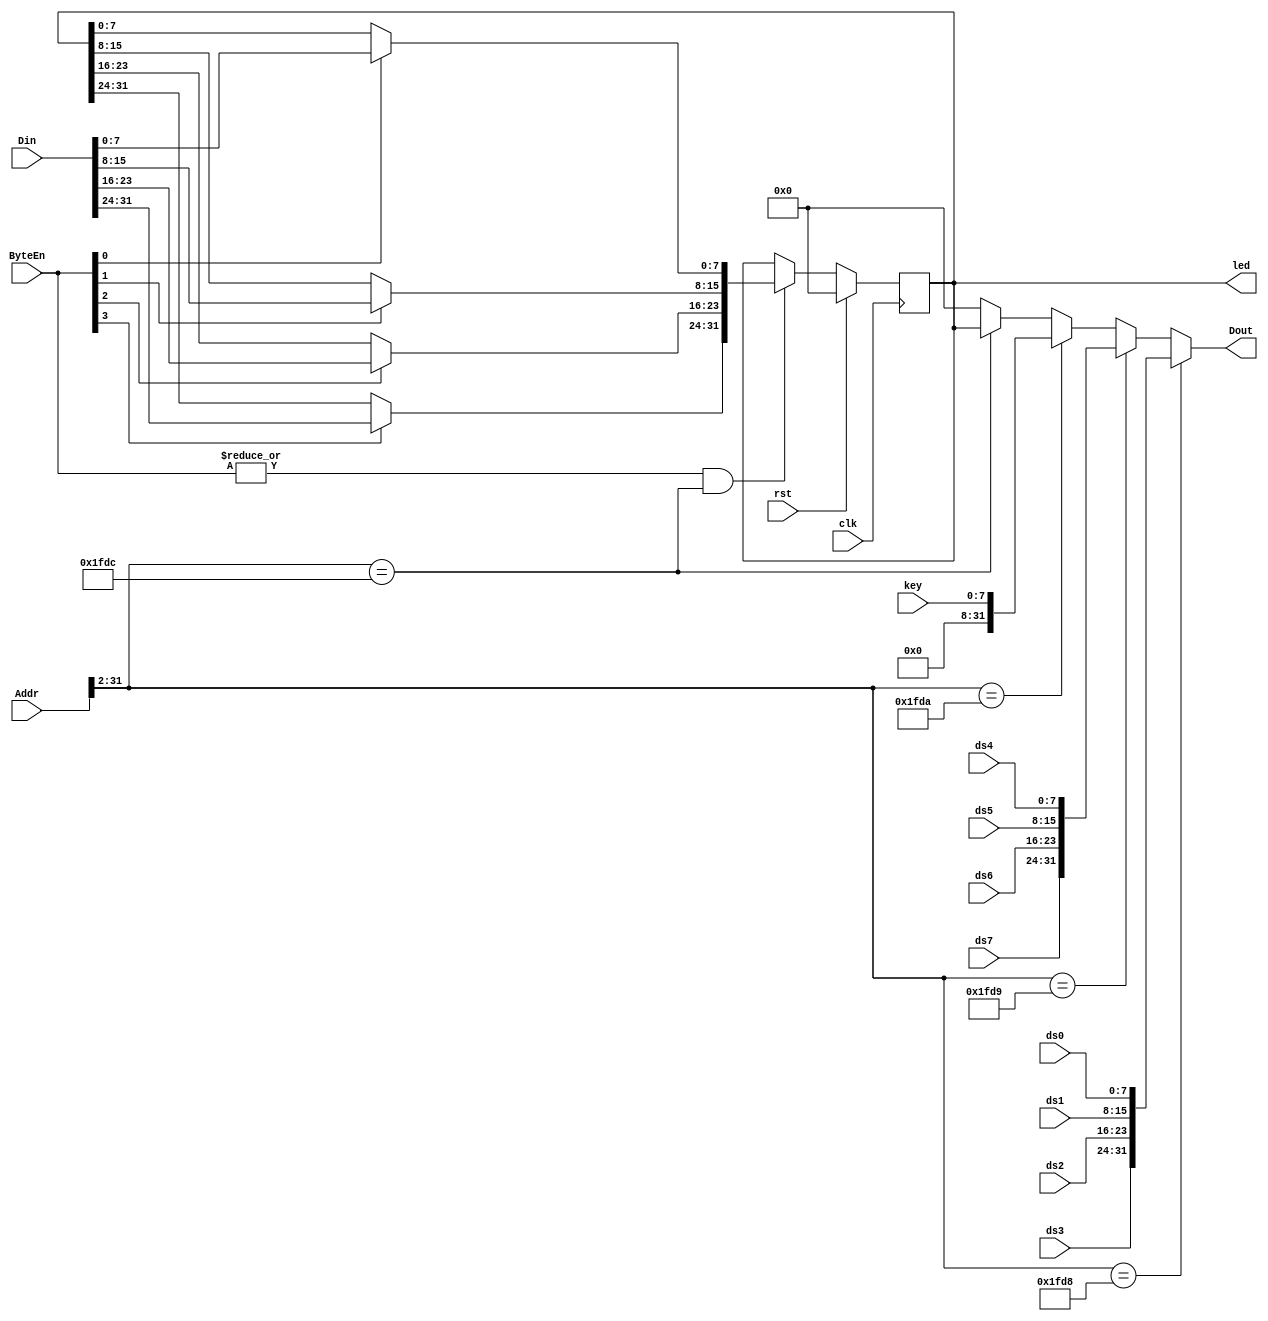
`timescale 1ns / 1ps

module GPIO(
    input clk,
    input rst,

    input [7:0] ds0,
    input [7:0] ds1,
    input [7:0] ds2,
    input [7:0] ds3,
    input [7:0] ds4,
    input [7:0] ds5,
    input [7:0] ds6,
    input [7:0] ds7,
    input [7:0] key,
    output reg [31:0] led,
    //output ds_irq,
    //output key_irq,
    
    input [31:0] Addr,
    input [3:0] ByteEn,
    input [31:0] Din,
    output reg [31:0] Dout
    );
    
    reg [31:0] wdata;
    
    always@(posedge clk) begin
        if(rst) begin
            led <= 0;
        end else begin
            if((|ByteEn) && ((Addr>>2) == (32'h7f70>>2))) led <= wdata;
        end
    end

    always@(*) begin
        if((Addr>>2) == (32'h7f60>>2)) Dout = {ds3, ds2, ds1, ds0};
        else if((Addr>>2) == (32'h7f64>>2)) Dout = {ds7, ds6, ds5, ds4};
        else if((Addr>>2) == (32'h7f68>>2)) Dout = {24'b0, key};
        else if((Addr>>2) == (32'h7f70>>2)) Dout = led;
        else Dout = 0;
        
        wdata = led;
        if(ByteEn[3]) wdata[31:24] = Din[31:24];
        if(ByteEn[2]) wdata[23:16] = Din[23:16];
        if(ByteEn[1]) wdata[15:8] = Din[15:8];
        if(ByteEn[0]) wdata[7:0] = Din[7:0];
    end

endmodule